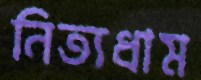
নিত্যধাম